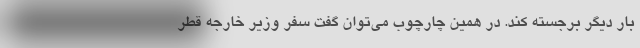
بار دیگر برجسته کند. در همین چارچوب می‌توان گفت سفر وزیر خارجه قطر